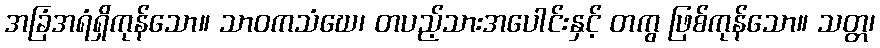
အခြံအရံရှိကုန်သော။ သာဝကသံဃေ၊ တပည့်သားအပေါင်းနှင့် တကွ ဖြစ်ကုန်သော။ သတ္တ၊